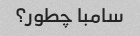
سامبا چطور؟